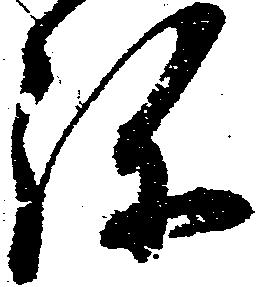
弥